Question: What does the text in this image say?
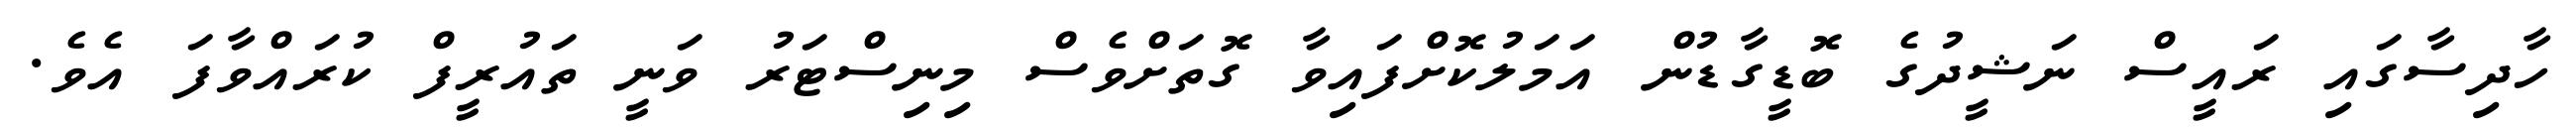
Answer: ހާދިސާގައި ރައީސް ނަޝީދުގެ ބޮޑީގާޑުން އަމަލުކޮށްފައިވާ ގޮތަށްވެސް މިނިސްޓަރު ވަނީ ތައުރީފް ކުރައްވާފަ އެވެ.